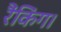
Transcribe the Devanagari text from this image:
रैंकिंग।